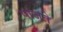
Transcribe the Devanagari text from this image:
पाजते